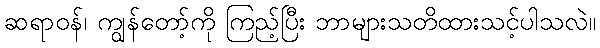
ဆရာဝန်၊ ကျွန်တော့်ကို ကြည့်ပြီး ဘာများသတိထားသင့်ပါသလဲ။